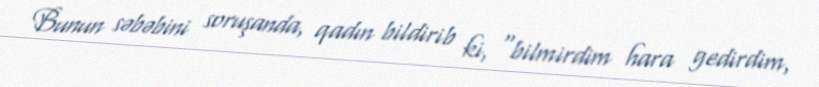
Bunun səbəbini soruşanda, qadın bildirib ki, “bilmirdim hara gedirdim,